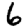
Digit: 6